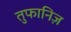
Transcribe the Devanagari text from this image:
तुफानिज़